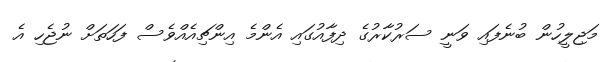
މަޖިލީހުން ބުނެފައި ވަނީ ސަރުކާރުގެ ދިފާއުގައި އެންމެ އިންޗިއެއްވެސް ފަހަތަށް ނުޖެހި އެ